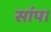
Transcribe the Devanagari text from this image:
सांप।